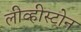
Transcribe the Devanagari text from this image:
लीव्हीस्टोन